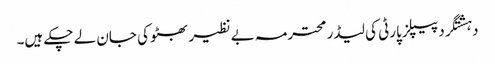
دہشتگرد پیپلزپارٹی کی لیڈر محترمہ بے نظیر بھٹو کی جان لے چکے ہیں۔